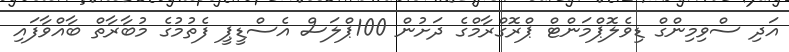
އަދި ސްވިމިންގް ޑިވެލޮޕްމަންޓް ޕްރޮގްރާމްގެ ދަށުން 100ޕްލަސް އެސްޑީޕީ ފެތުމުގެ މުބާރާތް ބާއްވާފައި